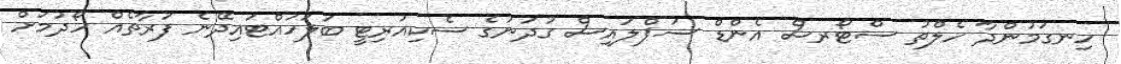
ހިނގަމުންދާ ހެލްތު ސްޓޯރސް އެންޑް ސަޕްލައިސް ގުދަނުގެ ސެކިއުރިޓީ ބަލަހައްޓައިދޭނެ ފަރާތެއް ހޯދުމަށް